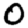
Digit: 0